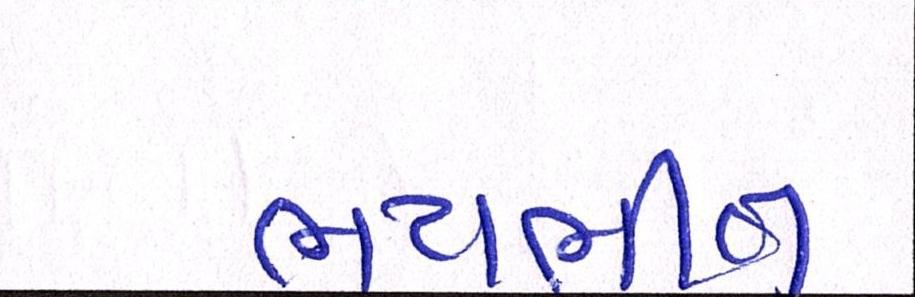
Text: ભયભીત